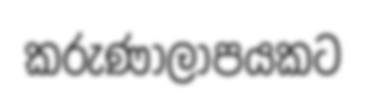
කරුණාලාපයකට